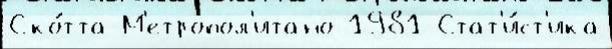
Ско́тта М'етропол'итано 1981 Стат'и́ст'ика